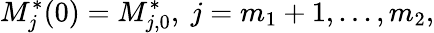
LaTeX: M_{j}^{*}(0)=M_{j,0}^{*},\ j=m_{1}+1,...,m_{2},